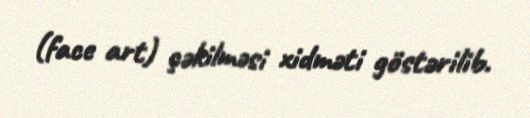
(face art) çəkilməsi xidməti göstərilib.